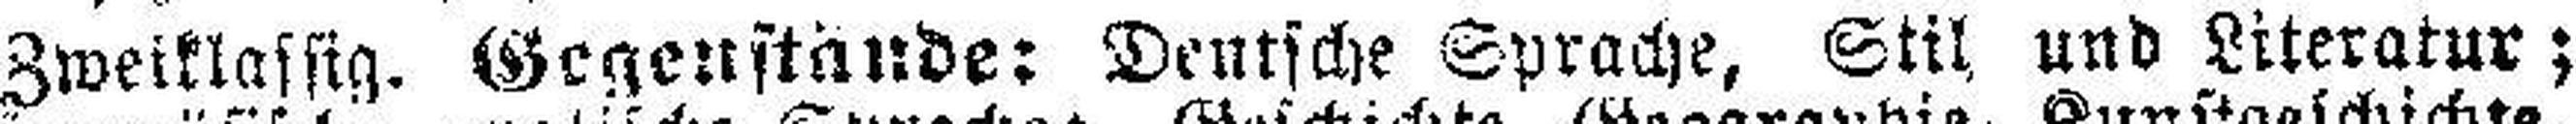
Zweiklasstg. Gegenstände: Deutsche Sprache, Stil und Literatur;